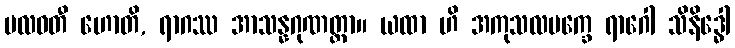
ဗလဝတီ ဟောတိ, ရာဂဿ အာသန္နဂုဏတ္တာ။ ယထာ ဟိ အကုသလပက္ခေ ရာဂေါ သိနိဒ္ဓေါ